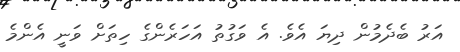
އަރު ބެދެމުން ދިޔަ އެވެ. އެ ވަގުތު އަހަރެންގެ ހިތަށް ވަނީ އެންމެ